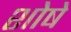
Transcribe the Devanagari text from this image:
शोषे